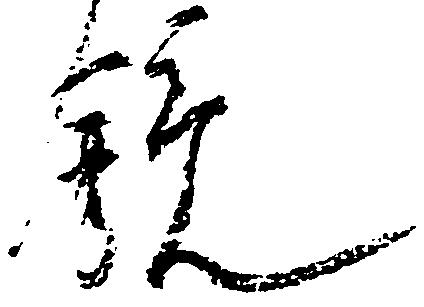
鏡